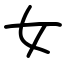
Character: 女